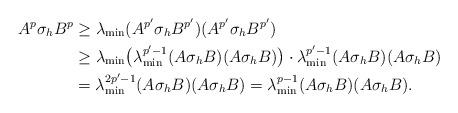
LaTeX: \begin{align*}A^p\sigma_hB^p&\ge\lambda_{\min}(A^{p'}\sigma_hB^{p'})(A^{p'}\sigma_hB^{p'}) \\&\ge\lambda_{\min}\bigl(\lambda_{\min}^{p'-1}(A\sigma_hB)(A\sigma_hB)\bigr)\cdot\lambda_{\min}^{p'-1}(A\sigma_hB)(A\sigma_hB) \\&=\lambda_{\min}^{2p'-1}(A\sigma_hB)(A\sigma_hB)=\lambda_{\min}^{p-1}(A\sigma_hB)(A\sigma_hB).\end{align*}